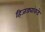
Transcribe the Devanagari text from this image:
हिजड्यांकडे